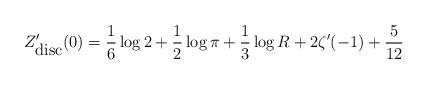
LaTeX: \begin{align*}Z_{\hbox{disc}}'(0) = {1\over 6}\log 2 + {1\over 2}\log\pi +{1\over 3}\log R + 2\zeta'(-1) + {5\over{12}}\end{align*}